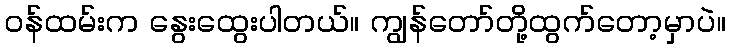
ဝန်ထမ်းက နွေးထွေးပါတယ်။ ကျွန်တော်တို့ထွက်တော့မှာပဲ။